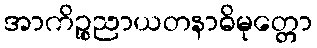
အာကိဉ္စညာယတနာဓိမုတ္တော